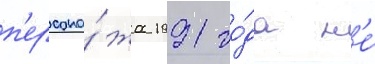
п'ерсона́жа 1991 го́да н'е́